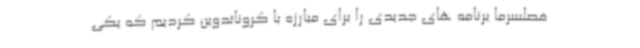
فصلسرما برنامه های جدیدی را برای مبارزه با کروناتدوین کردیم که یکی